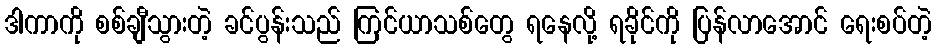
ဒါကာကို စစ်ချီသွားတဲ့ ခင်ပွန်းသည် ကြင်ယာသစ်တွေ ရနေလို့ ရခိုင်ကို ပြန်လာအောင် ရေးစပ်တဲ့